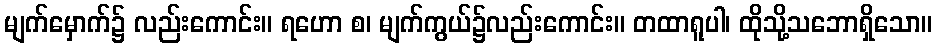
မျက်မှောက်၌ လည်းကောင်း။ ရဟော စ၊ မျက်ကွယ်၌လည်းကောင်း။ တထာရူပါ၊ ထိုသို့သဘောရှိသော။